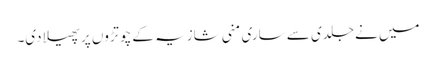
میں نے جلدی سے ساری منی شازیہ کے چوتڑوں پر پھیلا دی۔